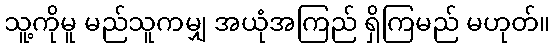
သူ့ကိုမူ မည်သူကမျှ အယုံအကြည် ရှိကြမည် မဟုတ်။